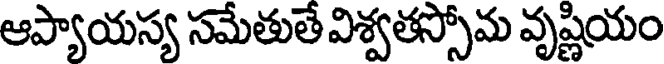
ఆప్యాయస్య సమేతుతే విశ్వతస్సోమ వృష్ణియం